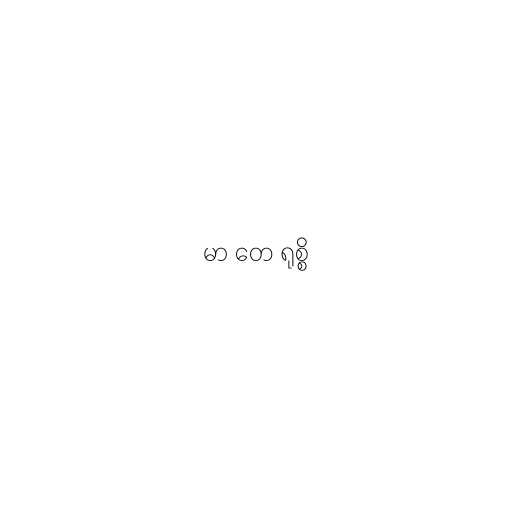
မာ တေ ရုစ္စိ